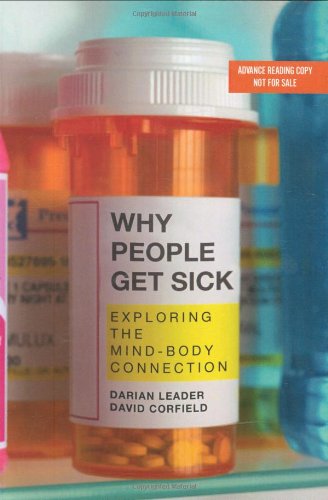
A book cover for Why People Get Sick: Exploring the Mind-Body Connection; Darian Leader; Medical Books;